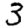
Digit: 3